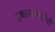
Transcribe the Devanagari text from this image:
इचलकरंजीची